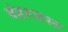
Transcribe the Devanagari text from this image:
वंडरलस्ट